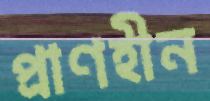
প্রাণহীন